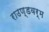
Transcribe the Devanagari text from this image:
राउण्डवर्म